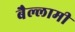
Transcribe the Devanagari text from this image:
बैल्लामी